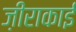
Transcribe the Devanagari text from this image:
ज़ीराकाई